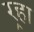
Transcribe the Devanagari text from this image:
र्‍हा